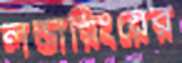
লন্ডারিংয়ের